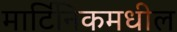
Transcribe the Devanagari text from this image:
मार्टिनिकमधील